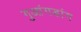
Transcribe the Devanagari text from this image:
गुआंगडांग